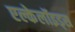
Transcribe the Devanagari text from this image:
एल्केलॉइड्स